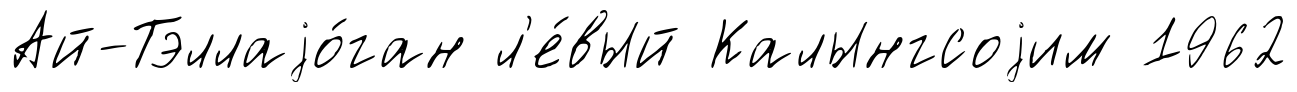
Ай-Тэллаjо́ган л'е́вый Калынгсоjим 1962